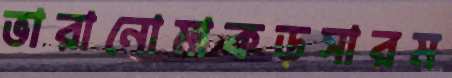
ভারানোমাকড়সারম